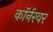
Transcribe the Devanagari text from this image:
काॅर्नरवर